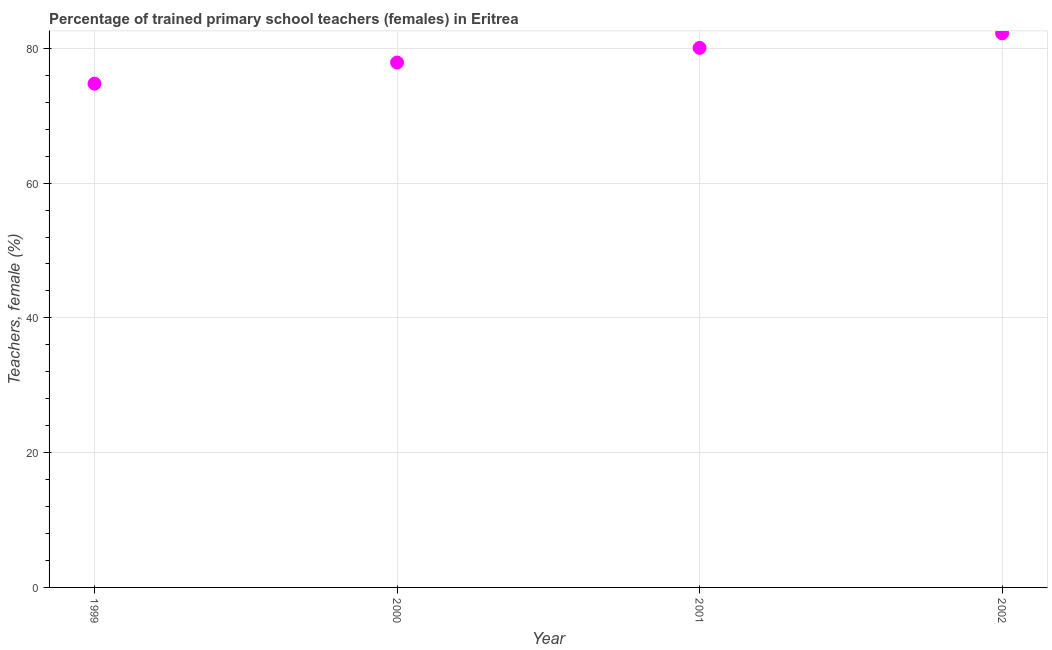
| Year | Trained teachers female |
 | --- | --- |
 | 1999 | 74.8 |
 | 2000 | 77.9 |
 | 2001 | 80.1 |
 | 2002 | 82.2 |